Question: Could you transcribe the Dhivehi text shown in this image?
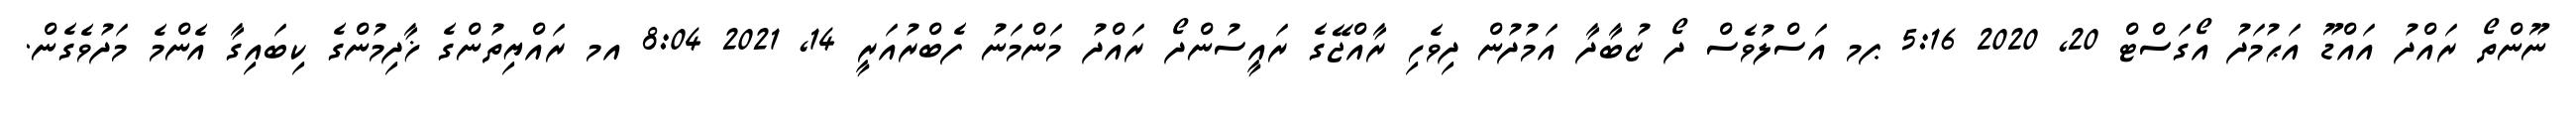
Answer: ނޫންތޯ ރައްދު އައްޑޫ އަޙުމަދު އޯގަސްޓް 20, 2020 5:16 ޕމ އަސްލުވެސް ދޯ ޒުބާދާ އަމުދުން ދިވެހި ރާއްޖޭގެ ރައީސުންދޯ ރައްދު މަންމަނު ފެބްރުއަރީ 14, 2021 8:04 އމ ރައްޔިތުންގެ ޚާދިމުންގެ ކިބައިގާ އެންމެ މަދުވެގެން.